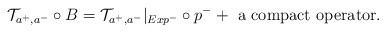
LaTeX: \begin{align*}\mathcal{T}_{a^+,a^-}\circ B=\mathcal{T}_{a^+,a^-}|_{Exp^-}\circ p^-+\mbox{ a compact operator}.\end{align*}